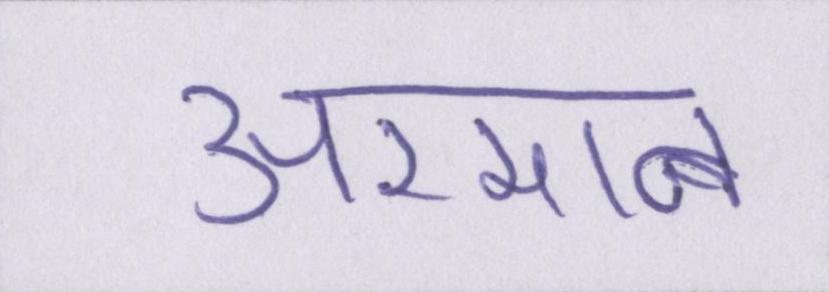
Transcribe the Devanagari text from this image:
अरमान